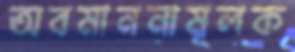
অবমাননামূলক